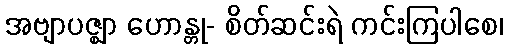
အဗျာပဇ္ဈာ ဟောန္တု- စိတ်ဆင်းရဲ ကင်းကြပါစေ၊